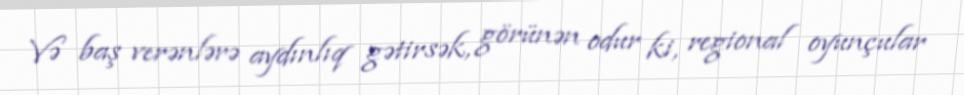
Və baş verənlərə aydınlıq gətirsək, görünən odur ki, regional oyunçular